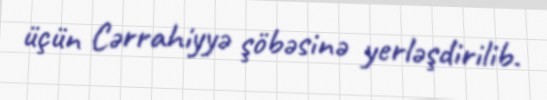
üçün Cərrahiyyə şöbəsinə yerləşdirilib.